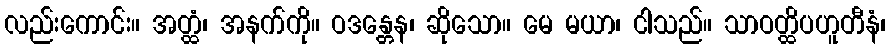
လည်းကောင်း။ အတ္ထံ၊ အနက်ကို။ ဝဒန္တေန၊ ဆိုသော။ မေ မယာ၊ ငါသည်။ သာဝတ္ထိပဟူတီနံ၊